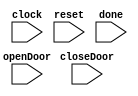
// Microwave oven model taken from Chapter 4 of "Model Checking"
// by Clarke, Grumberg, and Peled.


module microwave(clock, reset, openDoor, closeDoor, done);
    input     clock;
    input     reset, openDoor, closeDoor, done;

    reg       Start, Close, Heat, Error;

    initial begin
	Start = 0;
	Close = 0;
	Heat  = 0;
	Error = 0;
    end

    always @ (posedge clock) begin
	case ({Error,Heat,Close,Start})
	  4'b0000:
	    if (closeDoor) {Error,Heat,Close,Start} = 4'b0010;
	    else           {Error,Heat,Close,Start} = 4'b1001;
	  4'b1001:	   			   
	                   {Error,Heat,Close,Start} = 4'b1011;
	  4'b1011:	   			   
	    if (reset)     {Error,Heat,Close,Start} = 4'b0010;
	    else           {Error,Heat,Close,Start} = 4'b1001;
	  4'b0010:	   			   
	    if (openDoor)  {Error,Heat,Close,Start} = 4'b0000;
	    else           {Error,Heat,Close,Start} = 4'b0011;
	  4'b0011:	   			   
	                   {Error,Heat,Close,Start} = 4'b0111;
	  4'b0111:	   			   
	                   {Error,Heat,Close,Start} = 4'b0110;
	  4'b0110:	   			   
	    if (openDoor)  {Error,Heat,Close,Start} = 4'b0000;
	    else if (done) {Error,Heat,Close,Start} = 4'b0010;
	endcase
    end

endmodule // microwave